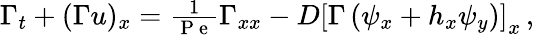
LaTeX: \begin{array}{r}{\Gamma_{t}+(\Gamma u)_{x}=\frac{1}{\mathrm{~P~e~}}\Gamma_{xx}-D\left[\Gamma\left(\psi_{x}+h_{x}\psi_{y}\right)\right]_{x}\, ,}\end{array}